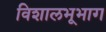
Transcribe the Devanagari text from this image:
विशालभूभाग